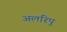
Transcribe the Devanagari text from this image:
अलरिपु